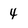
Character: 4